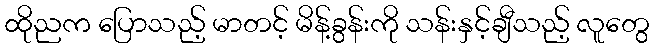
ထိုညက ပြောသည့် မာတင့် မိန့်ခွန်းကို သန်းနှင့်ချီသည့် လူတွေ